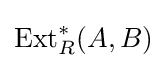
\operatorname {Ext} _{R}^{*}(A,B)